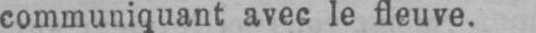
communiquant avec le fleuve.